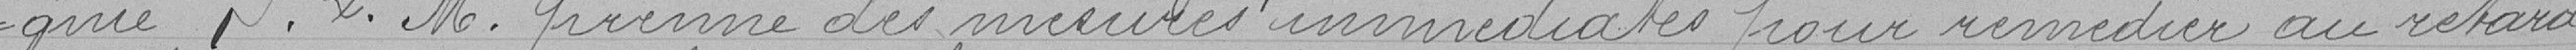
gnie P&M. prenne des mesures immédiates pour remédier au retard